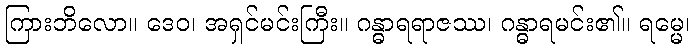
ကြားဘိလော။ ဒေဝ၊ အရှင်မင်းကြီး။ ဂန္ဓာရရာဇဿ၊ ဂန္ဓာရမင်း၏။ ရမ္မေ၊